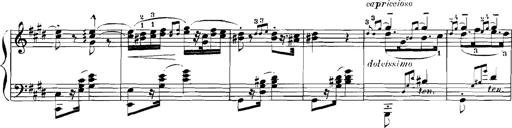
Title: Rhapsodies hongroises
Composer: Franz Liszt